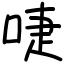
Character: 啑